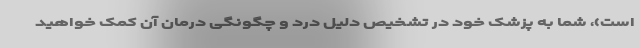
است)، شما به پزشک خود در تشخیص دلیل درد و چگونگی درمان آن کمک خواهید